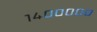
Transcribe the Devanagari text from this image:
१४०००००